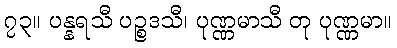
၇၃။ ပန္နရသီ ပဉ္စဒသီ၊ ပုဏ္ဏမာသီ တု ပုဏ္ဏမာ။